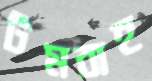
টমবাহ